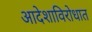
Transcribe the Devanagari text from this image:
आदेशाविरोधात